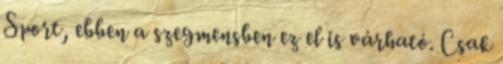
Sport, ebben a szegmensben ez el is várható. Csak